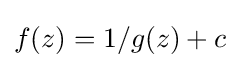
f(z)=1/g(z)+c